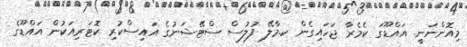
މިއޮންނަނީ. އައްޑޫގަ ކެމެރާ ޖަހައިގެން ކ.މާލޭ ފުލުސް ސްޓޭޝަނުގެ އައިސްކުރި ކޮޓަރިއަކުން އައްޑޫގެ